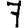
Digit: 7